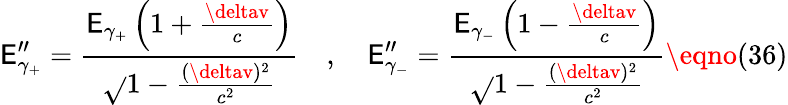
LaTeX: \mathsf{E}_{\gamma_{+}}^{\prime\prime}=\frac{{\mathsf{E}_{\gamma_{+}}\left(1+\frac{{\deltav}}{{c}}\right)}}{{\sqrt{}{{1-\frac{{(\deltav)^{2}}}{{c^{2}}}}}}}\quad,\quad\mathsf{E}_{\gamma_{-}}^{\prime\prime}=\frac{{\mathsf{E}_{\gamma_{-}}\left(1-\frac{{\deltav}}{{c}}\right)}}{{\sqrt{}{{1-\frac{{(\deltav)^{2}}}{{c^{2}}}}}}}\eqno(36)